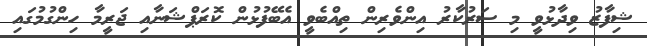
ޝިފާޒު ވިދާޅުވީ މި ސަރުކާރު އިންވެރިން ތިއްބެވީ އެބޭފުޅުން ކޮރަޕްޝަނާއި ޖަރީމާ ހިންގުމުގައި